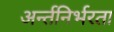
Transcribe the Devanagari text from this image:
अर्न्तनिर्भरता